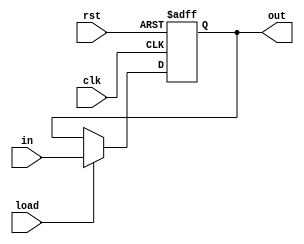
module register (clk, rst,load ,in, out);
input clk;
input rst;
input load;
input [31:0] in;
output [31:0] out;

reg [31:0] pc;

always @(posedge clk ,posedge rst) begin
    if (rst) begin
        pc <= 32'h00000000;
    end else
    if(load)
     begin
        pc <= in;
    end
end

assign out = pc;
endmodule